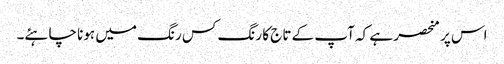
اس پر منحصر ہے کہ آپ کے تاج کا رنگ کس رنگ میں ہونا چاہئے۔